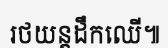
រថយន្តដឹកឈើ៕